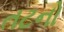
તટનો